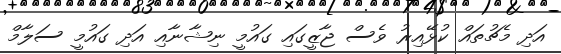
އަދި މެޗުތައް ކުޅޭއިރު ވެސް ޖާޒީގައި ގައުމީ ނިޝާނާއި އަދި ގައުމީ ސަލާމް